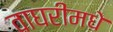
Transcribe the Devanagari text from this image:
वाघरीमधे